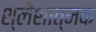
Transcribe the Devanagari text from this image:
श्लेशात्मक